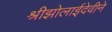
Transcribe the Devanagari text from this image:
श्रीझोलाईदेवीने